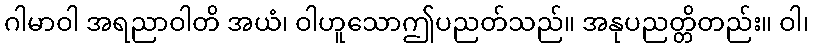
ဂါမာဝါ အရညာဝါတိ အယံ၊ ဝါဟူသောဤပညတ်သည်။ အနုပညတ္တိတည်း။ ဝါ၊